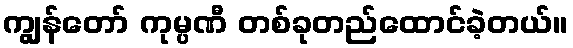
ကျွန်တော် ကုမ္ပဏီ တစ်ခုတည်ထောင်ခဲ့တယ်။